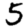
Digit: 5